Vaccination in Burma 1900-1911 - 1900-1911
Year: 1900
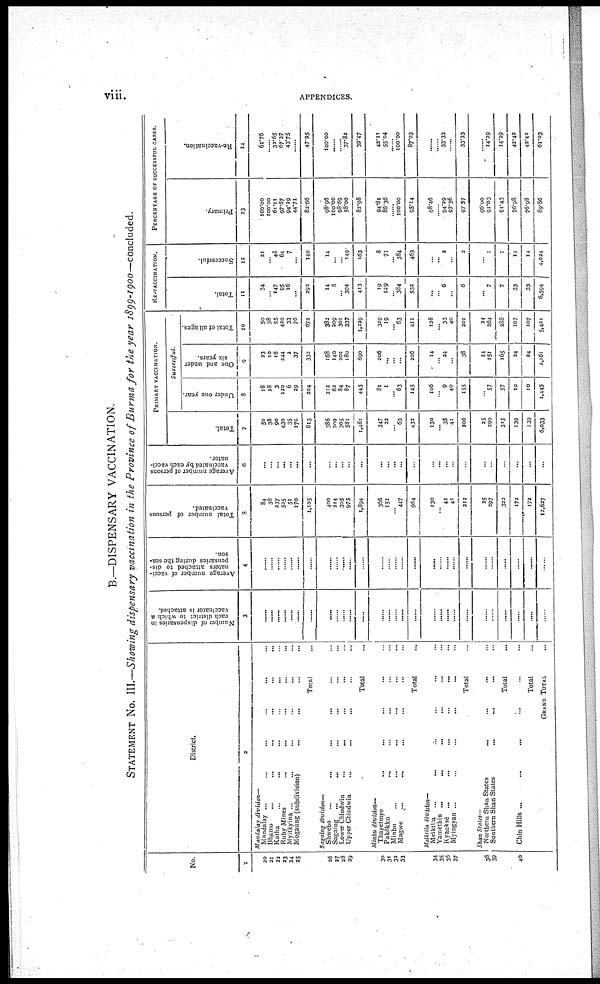
v i i i . APPENDICES.
B.—DISPENSARY VACCINATION.
STATEMENT No. III.—Showing dispensary vaccination in the Province of Burma for the year 1899-1900—concluded.
No.
1
20
21
22
23
24
25
26
27
28
29
30
31
33
33
34
35
36
37
38
39
40
District.
2
Mandalay division—
Mandalay ... ... ... ...
Bhamo
...
...
...
...
Katha... ... ... ...
Ruby Mines... ... ... ...
Myitkyina ... ... ... ... ...
Mogaung (subdivision)... ...
Total...
Saraing division—
Shwebo... ... ... ...
Sagaing... ... ... ...
Lower Chindwin ... ... ... ...
Upper Chindwin ... ... ... ...
Total... ...
Minbu division—
Thayetmyo...
...
...
Pakokku...
...
...
Minbu ... ... ... ...
Magwe...
...
...
Total... ...
Meiktila division—
Meiktila... ... ...
Yamèthin...
...
...
Kyauksè
...
...
...
Myingyan ... ... ... ...
Total...
Shan States—
Northern Shan States... ...
Southern Shan
States...
...
Total...
Chin Hills ...
Total...
GRAND TOTAL...
Number of dispensaries in
each district to which a
vaccinator is attached.
3
...
...
...
...
...
...
...
...
...
...
...
...
...
...
...
......
...
...
...
...
...
...
...
...
...
...
...
...
Average number of vacci-
nators attached to dis-
pensaries during the sea-
son.
4
...
...
...
...
...
...
...
...
...
...
...
...
...
...
...
...
...
...
...
...
......
...
...
...
...
...
...
...
Total number of persons
vaccinated.
5
84
38
237
525
51
170
1,105
400
214
305
975
1,894
366
151
...
447
964
130
...
41
41
212
25
297
322
172
172
12,627
Average number of persons
vaccinated by each vacci-
nator.
6
...
...
...
...
...
...
...
...
...
...
...
...
...
...
...
...
...
...
...
...
...
...
...
...
...
...
...
...
PRIMARY VACCINATION.
Total.
7
50
38
90
430
35
170
813
386
209
305
581
1,481
347
22
... 63
433
130
... 35
41
206
25
290
315
139
139
6,033
Successful.
Under one year.
8
18
28
3
120
6
39
204
212
62
84
87
445
81
1
... 63
145
106
...
9
40
155
...
57
57
10
10
1,445
One and under
six years.
9
23
10
16
244
2
37
333
168
140
202
180
690
206
...
...
...
206
14
...
24
...
38
14
151
165
24
34
2,161
Total of all ages.
10
50
38
55
420
33
76
672
382
209
301
337
1,229
329
19
...
63
411
128
...
33
40
201
34
264
288
107
107
5,421
RE-VACCINATION.
Total.
11
34
... 147
95
16
...
292
14
5
...
394
413
19
129
... 384
533
...
...
6
...
6
... 7
7
33
33
6,594
Successful.
12
21
... 48
64
7
...
140
14
...
...
149
163
8
71
...
384
463
...
... 3
...
3
...
1
1
14
14
4,034
PERCENTAGE OF SUCCESSFUL CASES.
Primary.
13
100.00
100.00
61.11
97.67
94.39
44.71
82.66
98.96
100.00
98.69
58.00
82.98
94.81
86.36
...
100.00
95.14
98.46
...
94.29
97.56
97.57
96.00
91.03
91.43
76.98
76.98
89.86
Re-vaccination.
14
61.76
...
32.65
67.37
43.75
...
47.95
100.00
...
...
37.82
39.47
42.11
55.04
...
100.00
87.03
...
...
33.33
...
33.33
...
14.29
14.39
43.43
43.42
61.03